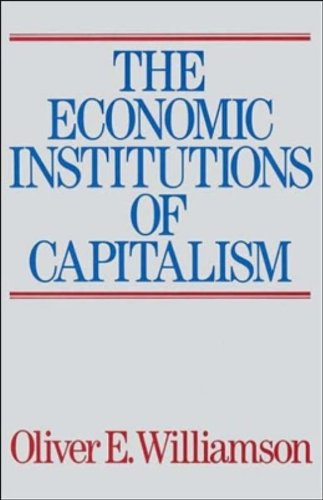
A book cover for The Economic Institutions of Capitalism; Oliver E. Williamson; Business & Money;